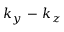
k _ { y } \mathrm { ~ - ~ } k _ { z }